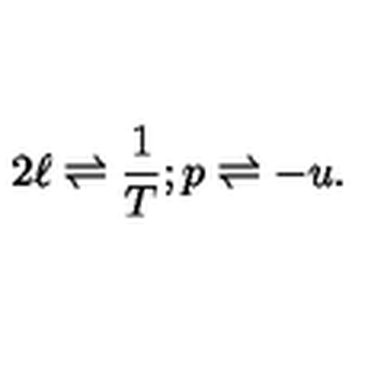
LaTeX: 2 \ell \rightleftharpoons \frac { 1 } { T } ; p \rightleftharpoons - u .